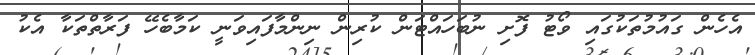
އެހެން ގައުމުތަކުގައި ވޯޓު ފޮށި ނުބަހައްޓަން ކުރިން ނިންމާފައިވަނީ ކަމާބެހޭ ފަރާތްތަކާ އެކު